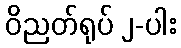
ဝိညတ်ရုပ် ၂-ပါး